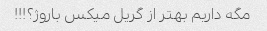
مگه داریم بهتر از گریل میکس باروژ؟!!!